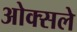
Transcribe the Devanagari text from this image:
ओक्सले